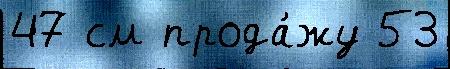
47 см прода́жу 53